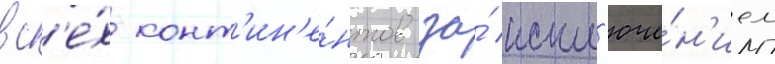
вс'е́х конт'ин'е́нтов за́ искл'юче́н'ием